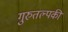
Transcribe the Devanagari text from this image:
गुरुतल्पकी